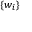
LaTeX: \scriptstyle \{ w _ { i } \}